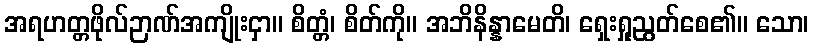
အရဟတ္တဖိုလ်ဉာဏ်အကျိုးငှာ။ စိတ္တံ၊ စိတ်ကို။ အဘိနိန္နာမေတိ၊ ရှေးရှုညွတ်စေ၏။ သော၊